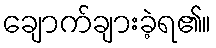
ချောက်ချားခဲ့ရ၏။